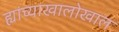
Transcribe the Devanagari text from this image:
ह्यांच्याखालोखाल